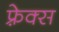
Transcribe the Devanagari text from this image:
फ़्रेक्स